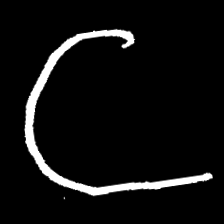
Pyu character \u2014 Myanmar letter: ဋ (romanized: tta)